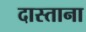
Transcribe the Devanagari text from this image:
दास्ताना